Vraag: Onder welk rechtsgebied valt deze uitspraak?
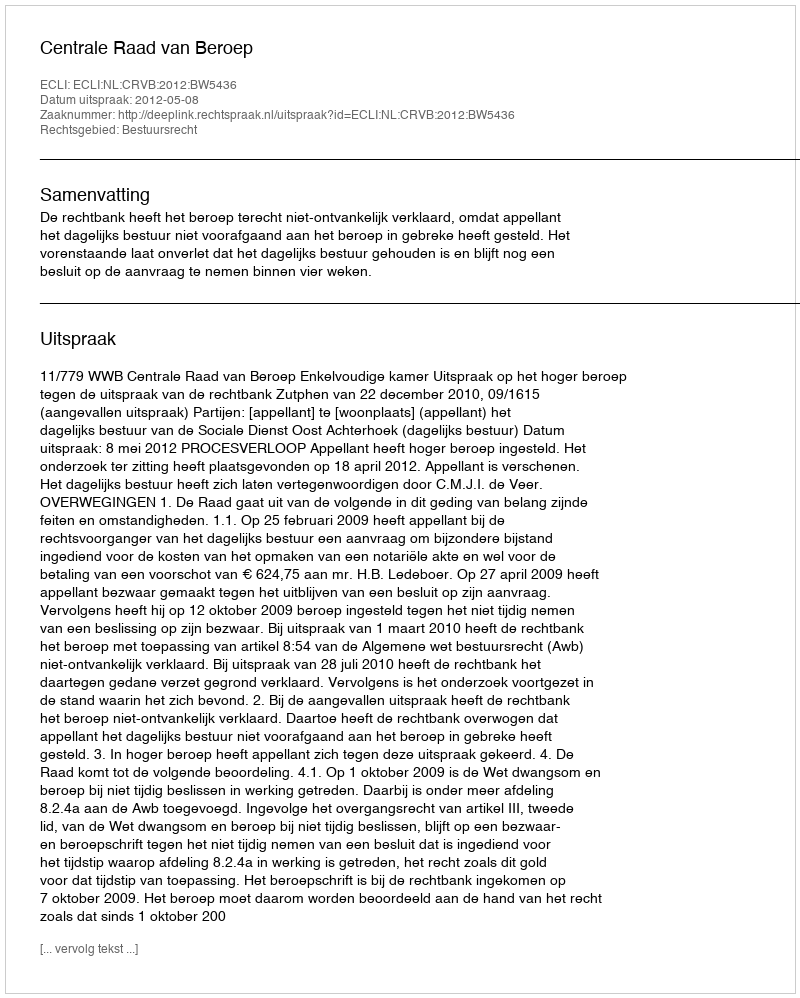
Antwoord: Bestuursrecht